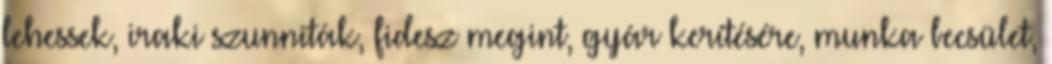
lehessek, iraki szunniták, fidesz megint, gyár kerítésére, munka becsület,